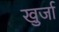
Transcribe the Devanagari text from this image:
खु्र्जा